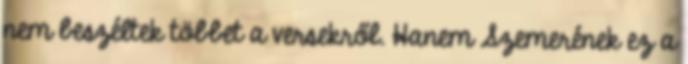
nem beszéltek többet a versekről. Hanem Szemerének ez a